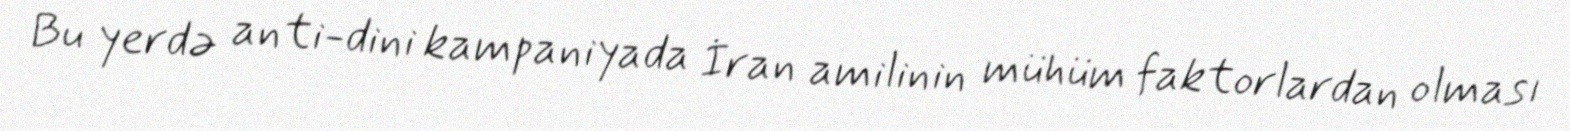
Bu yerdə anti-dini kampaniyada İran amilinin mühüm faktorlardan olması